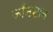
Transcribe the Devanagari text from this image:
जाँनसान